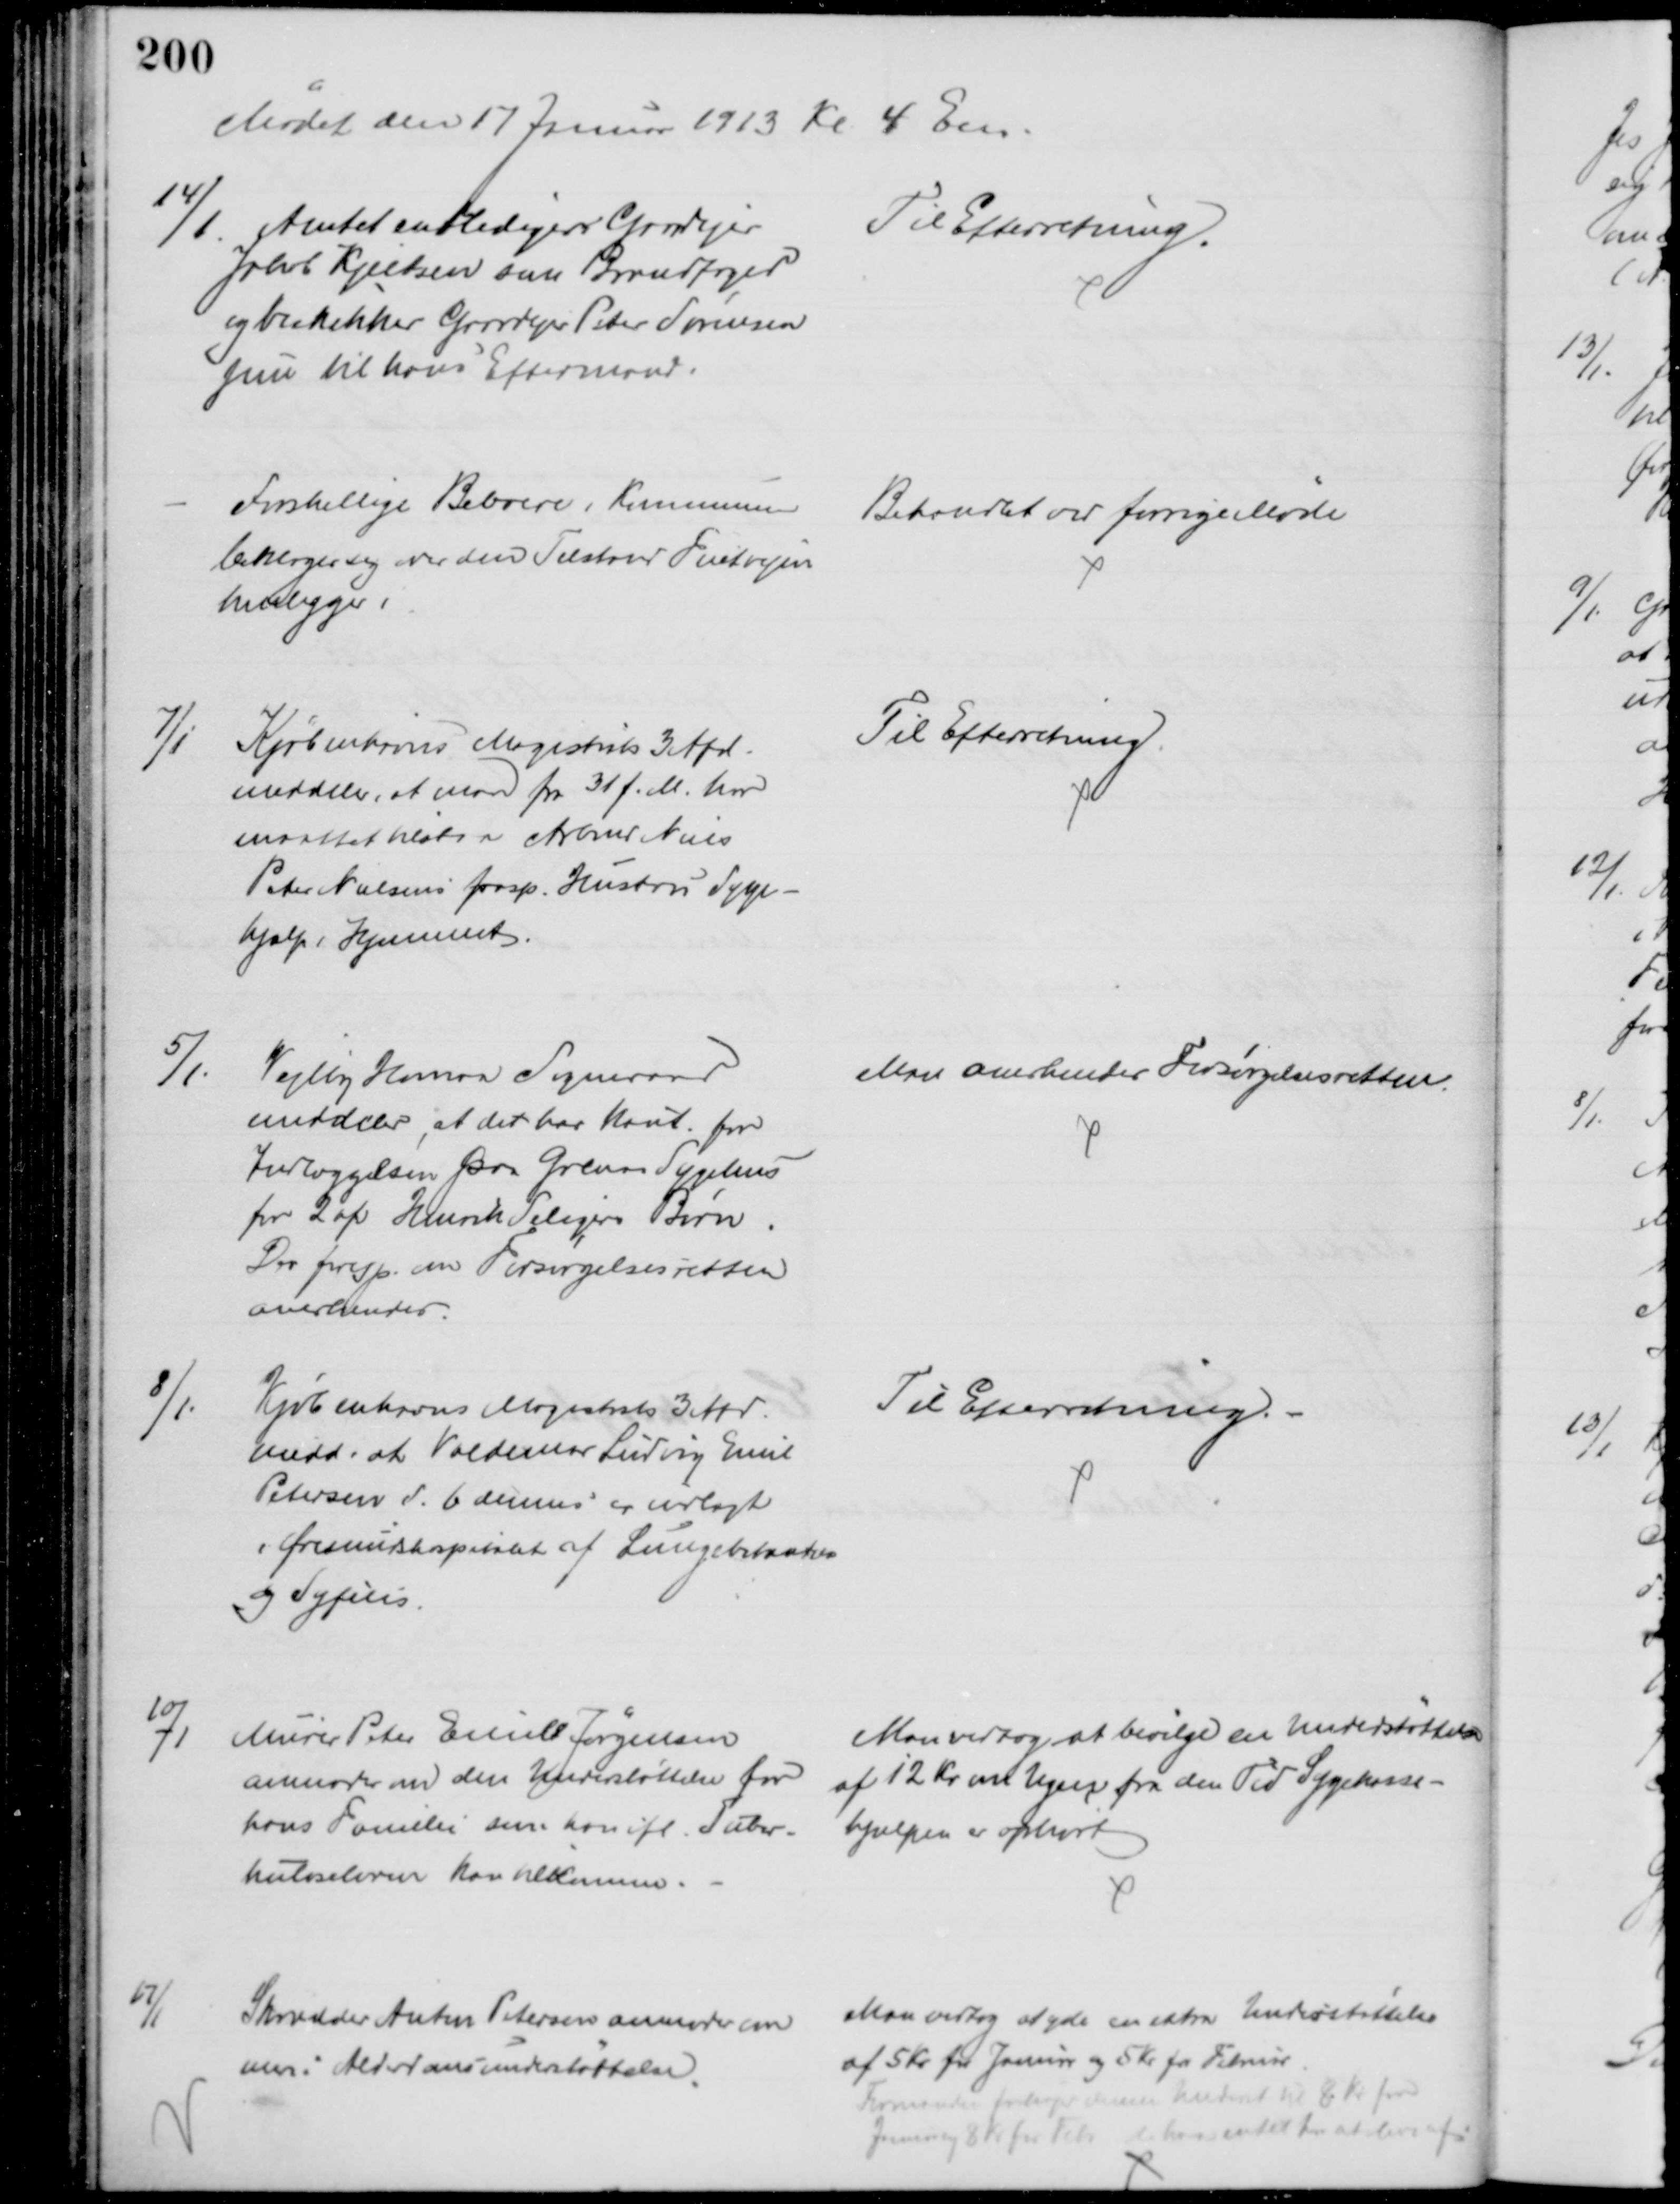
Transskription:
Mødet den 17 Januar 1913 Kl. 4 Em.
14/1.
Amtet entledigere Gaardejer
Jakob Kjeldsen som Brandfoged
og beskikker Gaardejer Peter Sørensen
jun til hans Eftermand.
Til Efterretning.
Forskellige Beboere i Kommunen
beklager sig over den Tilstand Fuetvejen
henligger i
Behandlet ved forrige Møde
7/1
Kjøbenhavns Magistrats 3 Afd.
meddeler, at man fra 31 f. M. har
maattet tilstaa Arbmd Niels
Peter Nielsens frasep. Hustru Syge-
hjælp i Hjemmet
Til Efterretning
5/1.
Vejlby Homaa Sogneraad
meddeler at det har kaut. for
Indlæggelsen paa Grenaa Sygehus
for 2 af Henrik Seligers Børn
Der foresp. om Forsørgelsesretten
anerkendes.
Man anerkender Forsørgelsesretten.
8/1.
Kjøbenhavns Magistrats 3 Afd.
medd. at Valdemar Ludvig Emil
Petersen d. 6 dennes er indlagt
i Øresundshospitalet af Lungebetændelse
og Syfilis.
Til Efterretning.
10/1
Murer Peter Emill Jørgensen
anmoder om den Understøttelse for
hans Familie som han ifl. Tuber-
kuloseloven kan tilkomme.
Man vedtog at bevilge en Understøttelse 
af 12 Kr om Ugen fra den Tid Sygekasse-
hjælpen er ophørt
17/1
Skrædder Anton Petersen anmoder om 
mer i Alderdomsunderstøttelse.
Man vedtog at yde en extra Understøttelse
af 5 Kr. for Januar og 5 Kr for Februar
Formanden forhøjer denne Underst til 8 Kr for
Januar 8 Kr for Febr. da han intet har at leve af.